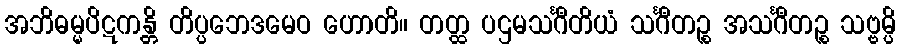
အဘိဓမ္မပိဋကန္တိ တိပ္ပဘေဒမေဝ ဟောတိ။ တတ္ထ ပဌမသင်္ဂီတိယံ သင်္ဂီတဉ္စ အသင်္ဂီတဉ္စ သဗ္ဗမ္ပိ